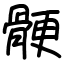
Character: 骾